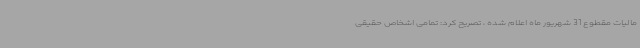
مالیات مقطوع 31 شهریور ماه اعلام شده ، تصریح کرد: تمامی اشخاص حقیقی